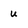
Character: u